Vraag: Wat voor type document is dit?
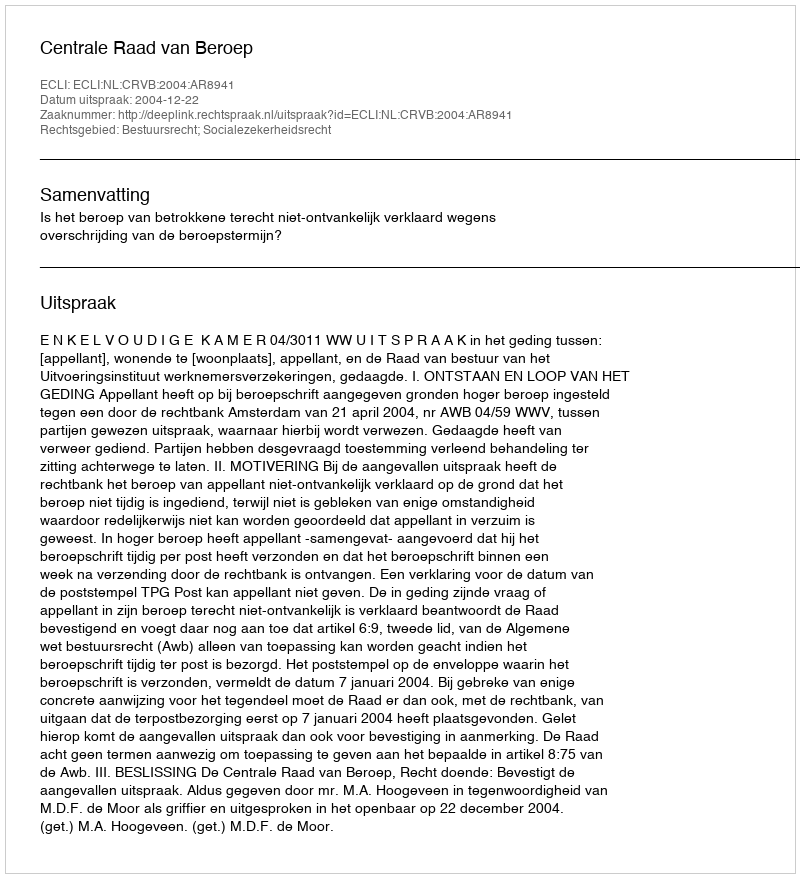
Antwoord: Uitspraak